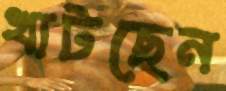
খাটছেন